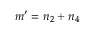
m ^ { \prime } = n _ { 2 } + n _ { 4 }